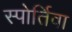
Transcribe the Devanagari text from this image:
स्पोर्तिवा